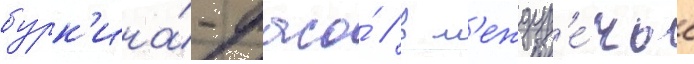
бурк'ина́-фасо́ / в м'еждур'е́чье